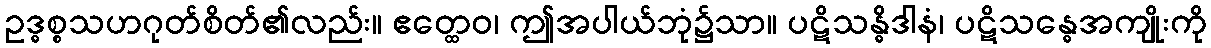
ဥဒ္ဓစ္စသဟဂုတ်စိတ်၏လည်း။ ဧတ္ထေဝ၊ ဤအပါယ်ဘုံ၌သာ။ ပဋိသန္ဓိဒါနံ၊ ပဋိသန္ဓေအကျိုးကို